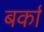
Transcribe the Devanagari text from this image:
बर्का